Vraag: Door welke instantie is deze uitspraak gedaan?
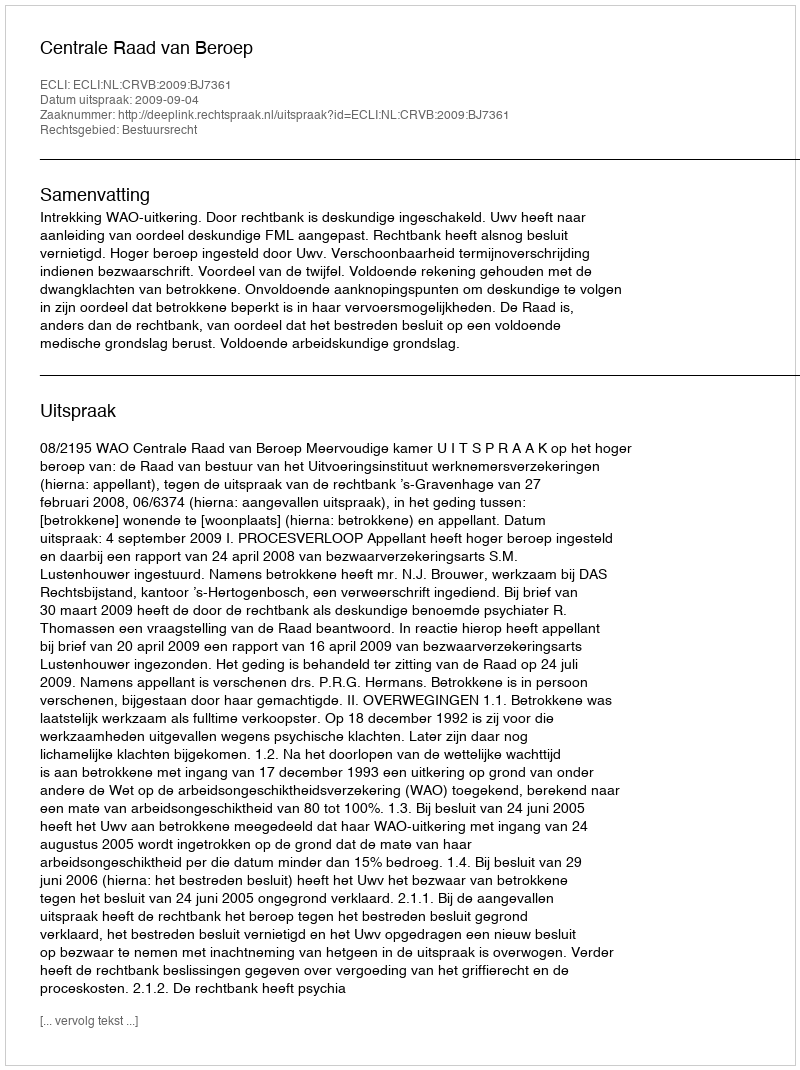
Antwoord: Centrale Raad van Beroep